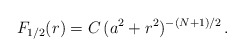
\begin{align*}F_{1/2}(r)={C}\,(a^2+r^2)^{-(N+1)/2}\,.\end{align*}